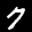
Label: 7